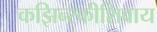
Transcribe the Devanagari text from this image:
कझिन्स्कीशिवाय